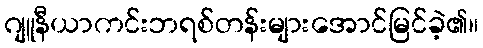
ဂျူနီယာကင်းဘရစ်တန်းများအောင်မြင်ခဲ့၏။